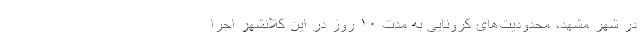
در شهر مشهد، محدودیت‌های کرونایی به مدت ۱۰ روز در این کلانشهر اجرا